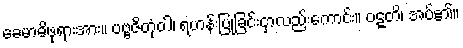
ခေမာမိဖုရားအား။ ပဗ္ဗဇိတုံဝါ၊ ရဟန်းပြုခြင်းငှာလည်းကောင်း။ ဝဋ္ဋတိ၊ အပ်၏။